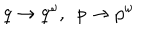
LaTeX: q \rightarrow q ^ { \omega } , \ \ p \rightarrow p ^ { \omega }